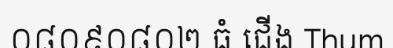
០៨០៩០៨០២ ធំ ជើង Thum